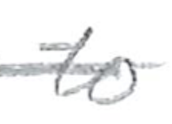
Text: to
Cross-out: mix
Writing tool: pencil